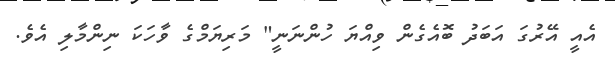
އެއީ އޭރުގަ އަބަދު ބޮއެގެން ވިއްޔަ ހުންނަނީ" މަރިޔަމްގެ ވާހަކަ ނިންމާލި އެވެ.